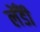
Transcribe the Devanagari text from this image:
लेँडी